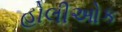
હોલીઓક